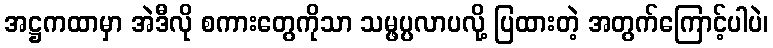
အဋ္ဌကထာမှာ အဲဒီလို စကားတွေကိုသာ သမ္ဖပ္ပလာပလို့ ပြထားတဲ့ အတွက်ကြောင့်ပါပဲ၊